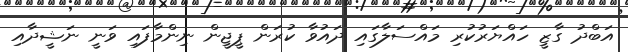
އަބްދު ގާޒީ ހައްޔަރުކުރި މައްސަލާގައި ދައުވާ ކުރަން ޕީޖީން ނިންމާފައި ވަނީ ނަޝީދާއި